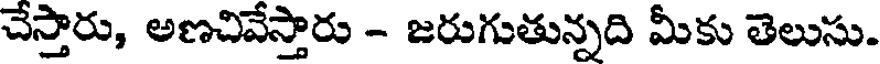
చేస్తారు, అణచివేస్తారు - జరుగుతున్నది మీకు తెలుసు.